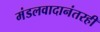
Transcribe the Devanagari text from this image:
मंडलवादानंतरही